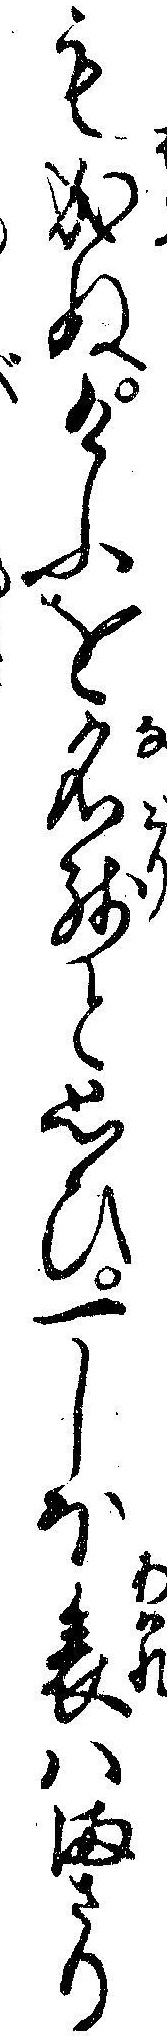
も成ぬけふを名残と思ひ一しほ哀ハまさり